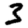
Digit: 3